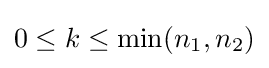
0\leq k\leq \mathrm {min} (n_{1},n_{2})